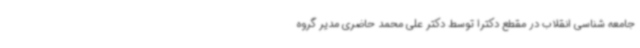
جامعه شناسی انقلاب در مقطع دکترا توسط دکتر علی محمد حاضری مدیر گروه